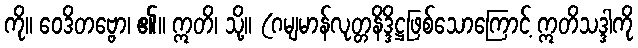
ကို။ ဝေဒိတဗ္ဗော၊ ၏။ ဣတိ၊ သို့။ (ဂမျမာန်လုတ္တနိဒ္ဒိဋ္ဌဖြစ်သောကြောင့် ဣတိသဒ္ဒါကို